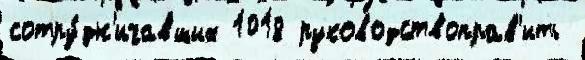
сотру́дн'ичавших 1018 руководствоправ'ить